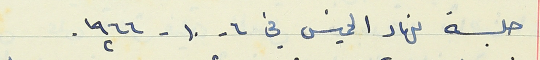
جلسة نهار الخميس في ٦- ١٠ - ١٩٦٦.